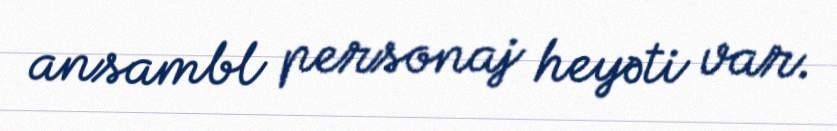
ansambl personaj heyəti var.